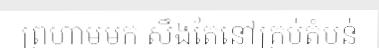
ព្រហាមមក សឹងតែនៅគ្រប់តំបន់